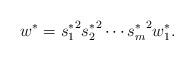
LaTeX: \begin{align*}w^*={s^*_1}^2 {s^*_2}^2 \cdots {s^*_m}^2 w^*_1.\end{align*}